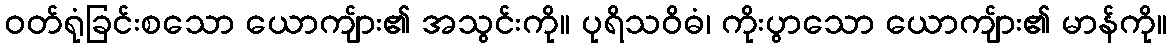
ဝတ်ရုံခြင်းစသော ယောကျ်ား၏ အသွင်းကို။ ပုရိသဝိဓံ၊ ကိုးပွာသော ယောကျ်ား၏ မာန်ကို။